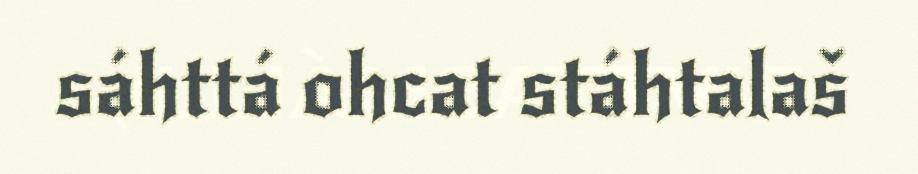
sáhttá ohcat stáhtalaš